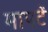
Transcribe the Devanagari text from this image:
मापटें